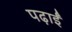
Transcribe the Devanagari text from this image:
पढ़ाईं